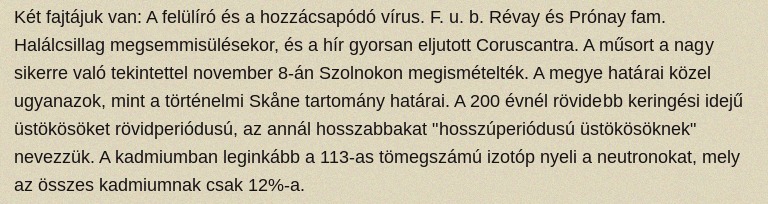
Két fajtájuk van: A felülíró és a hozzácsapódó vírus. F. u. b. Révay és Prónay fam. Halálcsillag megsemmisülésekor, és a hír gyorsan eljutott Coruscantra. A műsort a nagy sikerre való tekintettel november 8-án Szolnokon megismételték. A megye határai közel ugyanazok, mint a történelmi Skåne tartomány határai. A 200 évnél rövidebb keringési idejű üstökösöket rövidperiódusú, az annál hosszabbakat "hosszúperiódusú üstökösöknek" nevezzük. A kadmiumban leginkább a 113-as tömegszámú izotóp nyeli a neutronokat, mely az összes kadmiumnak csak 12%-a.